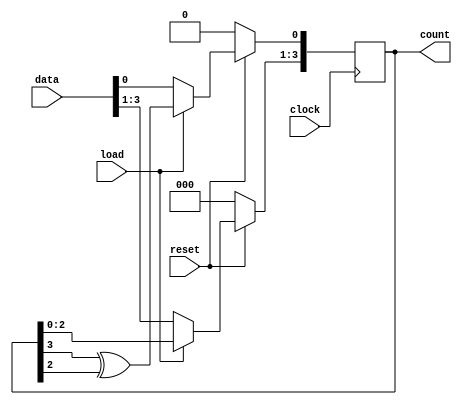
module LFSR(
    input reset, clock, load,  //control signals
  input [3:0] data,            //data input
  output reg [3:0] count       //output
    );
	 
  always@(posedge clock)    //procedural block
    begin
      if(!reset)            //active low reset
        count <= 0;
      else
        begin
          if(!load)         //active low load
            count <= data;  //loading data
          else begin
				count <= count << 1;      //shift register
            count[0] <= count[3] ^ count[2];  //linear feedback
          end
        end
    end
endmodule